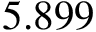
5 . 8 9 9